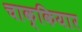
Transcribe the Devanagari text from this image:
चाक्कियार